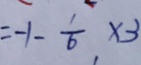
= - 1 - \frac { 1 } { 6 } \times 3